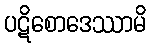
ပဋိစောဒေဿာမိ